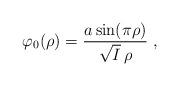
LaTeX: \begin{align*}\varphi_0(\rho)=\frac{a\sin(\pi\rho)}{\sqrt{I}\,\rho}\;,\end{align*}